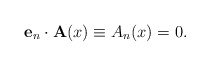
\begin{align*}{\bf e}_n\cdot{\bf A}(x)\equiv A_n(x)=0.\end{align*}